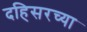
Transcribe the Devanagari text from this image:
दहिसरच्या